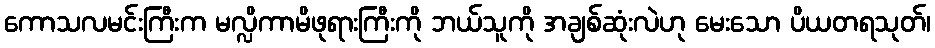
ကောသလမင်းကြီးက မလ္လိကာမိဖုရားကြီးကို ဘယ်သူကို အချစ်ဆုံးလဲဟု မေးသော ပိယတရသုတ်၊